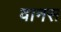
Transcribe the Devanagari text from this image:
वानस